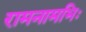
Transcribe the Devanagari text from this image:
रामनामभिः